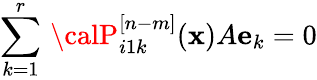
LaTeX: \sum_{k=1}^{r}\, {\calP}_{i1k}^{[n-m]}(\mathbf{x})A{\mathbf{e}}_{k}=0